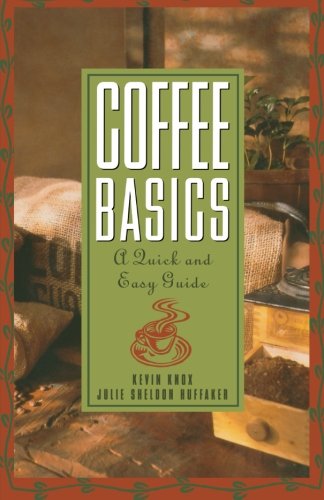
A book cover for Coffee Basics: A Quick and Easy Guide; Julie S Huffaker; Cookbooks, Food & Wine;